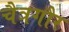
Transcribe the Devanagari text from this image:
चैत्रगौर